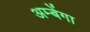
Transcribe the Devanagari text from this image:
अम्बेंगा